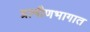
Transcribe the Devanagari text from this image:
ग्रामीणभागात